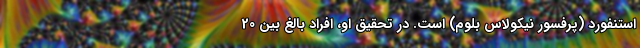
استنفورد (پرفسور نيكولاس بلوم) است. در تحقیق او، افراد بالغ بین 20